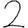
Digit: 2